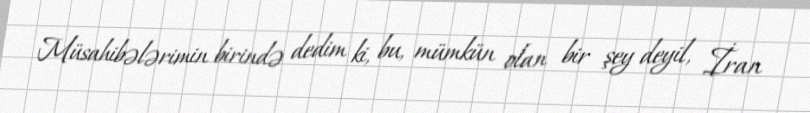
Müsahibələrimin birində dedim ki, bu, mümkün olan bir şey deyil, İran